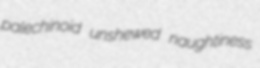
palechinoid unshewed naughtiness